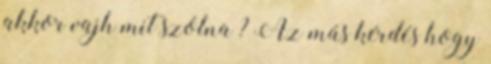
akkor vajh mit szólna ? Az más kérdés hogy